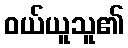
ဝယ်ယူသူ၏